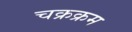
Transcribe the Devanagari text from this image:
चक्रक्रम